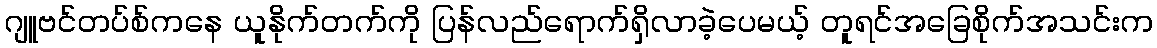
ဂျူဗင်တပ်စ်ကနေ ယူနိုက်တက်ကို ပြန်လည်ရောက်ရှိလာခဲ့ပေမယ့် တူရင်အခြေစိုက်အသင်းက